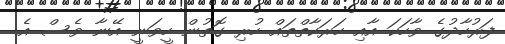
ފަރުހާދުގެ ވާހަކަ އާއި ހަރަކާތްތައް ހުރި ގޮތުން ހީވަނީ އޭނާ ވެސް އެ